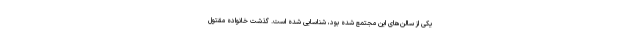
یکی از سالن‌های این مجتمع شده بود، شناسایی شده است. گذشت خانواده مقتول